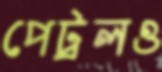
পেট্রলও